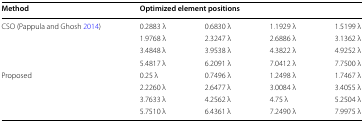
<table><thead><tr><td><b>Method</b></td><td colspan="4"><b>Optimized element positions</b></td></tr></thead><tbody><tr><td rowspan="4">CSO (Pappula and Ghosh 2014)</td><td>0.2883 λ</td><td>0.6830 λ</td><td>1.1929 λ</td><td>1.5199 λ</td></tr><tr><td>1.9768 λ</td><td>2.3247 λ</td><td>2.6886 λ</td><td>3.1362 λ</td></tr><tr><td>3.4848 λ</td><td>3.9538 λ</td><td>4.3822 λ</td><td>4.9252 λ</td></tr><tr><td>5.4817 λ</td><td>6.2091 λ</td><td>7.0412 λ</td><td>7.7500 λ</td></tr><tr><td rowspan="4">Proposed</td><td>0.25 λ</td><td>0.7496 λ</td><td>1.2498 λ</td><td>1.7467 λ</td></tr><tr><td>2.2260 λ</td><td>2.6477 λ</td><td>3.0084 λ</td><td>3.4055 λ</td></tr><tr><td>3.7633 λ</td><td>4.2562 λ</td><td>4.75 λ</td><td>5.2504 λ</td></tr><tr><td>5.7510 λ</td><td>6.4361 λ</td><td>7.2490 λ</td><td>7.9975 λ</td></tr></tbody></table>